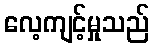
လေ့ကျင့်မှုသည်